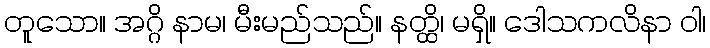
တူသော။ အဂ္ဂိ နာမ၊ မီးမည်သည်။ နတ္ထိ၊ မရှိ။ ဒေါသကလိနာ ဝါ၊